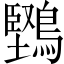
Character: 𪅤